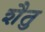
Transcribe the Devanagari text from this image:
शैतु